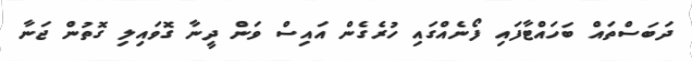
ދަބަސްތައް ބަހައްޓާފައި ފޯނެއްގައި ހުރެގެން އައިސް ވަން ދީނާ ގޮވައިލި ގޮތުން ޖަނާ